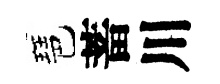
琶蓄川